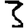
Digit: 3